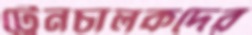
ট্রেনচালকদের